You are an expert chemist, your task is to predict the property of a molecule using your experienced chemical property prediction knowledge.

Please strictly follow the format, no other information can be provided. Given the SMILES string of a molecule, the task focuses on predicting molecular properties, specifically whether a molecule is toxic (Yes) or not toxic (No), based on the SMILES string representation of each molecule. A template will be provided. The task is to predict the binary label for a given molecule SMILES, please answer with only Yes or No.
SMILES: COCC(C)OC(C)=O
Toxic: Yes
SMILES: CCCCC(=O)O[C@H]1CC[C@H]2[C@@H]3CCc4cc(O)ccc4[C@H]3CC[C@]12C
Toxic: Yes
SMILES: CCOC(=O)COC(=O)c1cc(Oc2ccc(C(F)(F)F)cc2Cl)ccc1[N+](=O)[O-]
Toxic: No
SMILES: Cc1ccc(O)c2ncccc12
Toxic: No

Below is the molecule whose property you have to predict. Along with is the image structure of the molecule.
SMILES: CC(C)N1CCN(c2ccc(OC[C@H]3CO[C@](Cn4cncn4)(c4ccc(Cl)cc4Cl)O3)cc2)CC1
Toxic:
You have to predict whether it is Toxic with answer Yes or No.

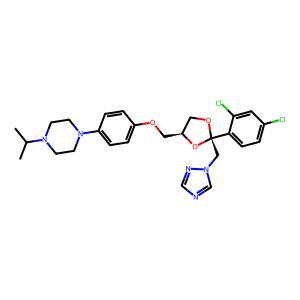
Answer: No